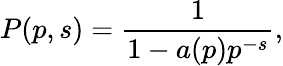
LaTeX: P(p,s)={\frac{1}{1-a(p)p^{-s}}},